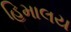
હિમાલય